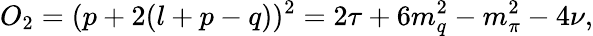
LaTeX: O_{2}=(p+2(l+p-q))^{2}=2\tau+6m_{q}^{2}-m_{\pi}^{2}-4\nu,